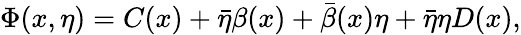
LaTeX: \Phi(x,\eta)=C(x)+\bar{\eta}\beta(x)+\bar{\beta}(x)\eta+\bar{\eta}\eta D(x),